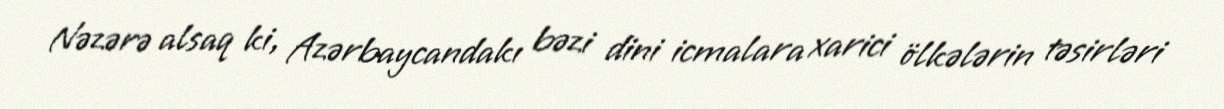
Nəzərə alsaq ki, Azərbaycandakı bəzi dini icmalara xarici ölkələrin təsirləri